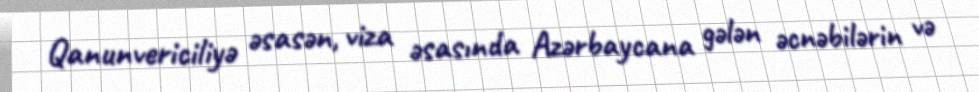
Qanunvericiliyə əsasən, viza əsasında Azərbaycana gələn əcnəbilərin və